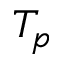
T _ { p }